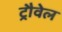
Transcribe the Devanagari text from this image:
ट्रौवेल